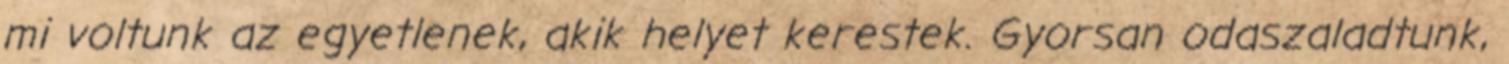
mi voltunk az egyetlenek, akik helyet kerestek. Gyorsan odaszaladtunk,